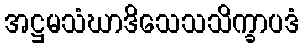
အဋ္ဌမသံဃာဒိသေသသိက္ခာပဒံ